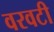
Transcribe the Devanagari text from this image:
वरवटी